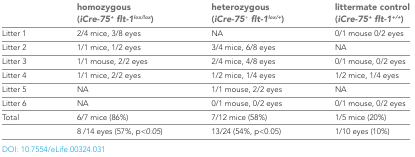
|  | homozygous (iCre-75+flt-1lox/lox) | heterozygous (iCre-75+flt-1lox/+) | littermate control (iCre-75+flt-1+/+) |
 | --- | --- | --- | --- |
 | Litter 1 | 2/4 mice, 3/8 eyes | NA | 0/1 mouse 0/2 eyes |
 | Litter 2 | 1/1 mice, 1/2 eyes | 3/4 mice, 6/8 eyes | NA |
 | Litter 3 | 1/1 mouse, 2/2 eyes | 2/4 mice, 4/8 eyes | 0/1 mouse, 0/2 eyes |
 | Litter 4 | 1/1 mice, 2/2 eyes | 1/2 mice, 1/4 eyes | 1/2 mice, 1/4 eyes |
 | Litter 5 | NA | 1/1 mouse, 2/2 eyes | NA |
 | Litter 6 | NA | 0/1 mouse, 0/2 eyes | 0/1 mouse, 0/2 eyes |
 | Total | 6/7 mice (86%) | 7/12 mice (58%) | 1/5 mice (20%) |
 |  | 8 /14 eyes (57%, p<0.05) | 13/24 (54%, p<0.05) | 1/10 eyes (10%) |